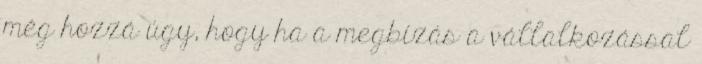
még hozzá úgy, hogy ha a megbízás a vállalkozással